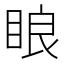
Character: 䀶